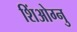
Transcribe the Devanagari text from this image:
शिंओग्नु